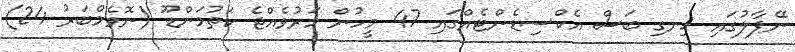
ނޭޕާލުގައި ހިނގި ބަސް އެކްސިޑެންޓެއްގައި 47 މީހުން މަރުވެއްޖެ ކަތުމަންޑޫ (ނޮވެމްބަރު 24)